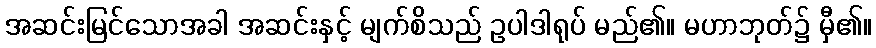
အဆင်းမြင်သောအခါ အဆင်းနှင့် မျက်စိသည် ဥပါဒါရုပ် မည်၏။ မဟာဘုတ်၌ မှီ၏။